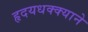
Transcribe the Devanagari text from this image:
हृदयधक्क्याने